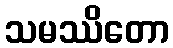
သမဿိတော